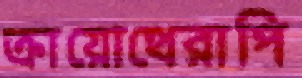
ক্রায়োথেরাপি